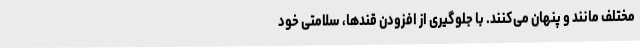
مختلف مانند و پنهان می‌کنند. با جلوگیری از افزودن قندها، سلامتی خود